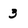
Character: 3